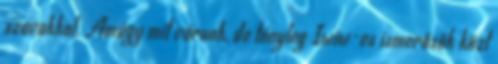
szavakkal. Amúgy mit várunk, de tényleg Iwiw-es ismerősök közt